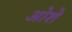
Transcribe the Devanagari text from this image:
ओशे